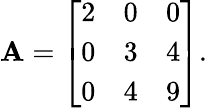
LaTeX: \mathbf{A}={\left[\begin{array}{lll}{2}&{0}&{0}\\ {0}&{3}&{4}\\ {0}&{4}&{9}\end{array}\right]}.